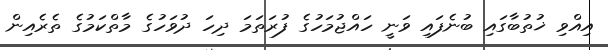
އިއްވި ޚުތުބާގައި ބުނެފައި ވަނީ ހައްޖުމަހުގެ ފުރަތަމަ ދިހަ ދުވަހުގެ މާތްކަމުގެ ތެރެއިން